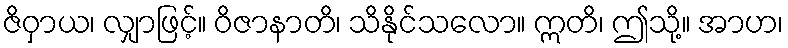
ဇိဝှာယ၊ လျှာဖြင့်။ ဝိဇာနာတိ၊ သိနိုင်သလော။ ဣတိ၊ ဤသို့။ အာဟ၊